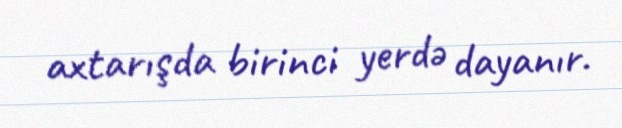
axtarışda birinci yerdə dayanır.